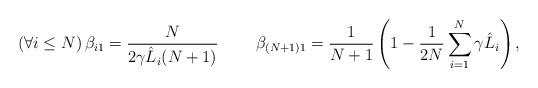
LaTeX: \begin{align*}\left(\forall i \leq N \right) \beta_{i1} = \frac{N}{2\gamma \hat{L}_i (N+1)} && && \beta_{(N+1)1} = \frac{1}{N+1}\left(1 - \frac{1}{2N} \sum_{i=1}^N\gamma \hat{L}_i\right),\end{align*}